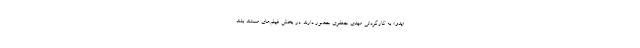
«یدو» به کارگردانی مهدی جعفری حضور دارند. در بخش فیلم‌های مستند بلند